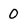
Character: 0